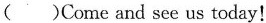
( )Come and see us today!